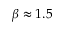
\beta \approx 1 . 5